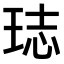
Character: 𤥴